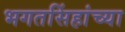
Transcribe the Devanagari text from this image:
भगतसिंहांच्या